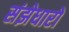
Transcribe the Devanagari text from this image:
संझेधारों